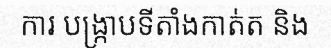
ការ បង្ក្រាបទីតាំងកាត់ត និង